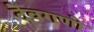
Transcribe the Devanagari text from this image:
देवगणो